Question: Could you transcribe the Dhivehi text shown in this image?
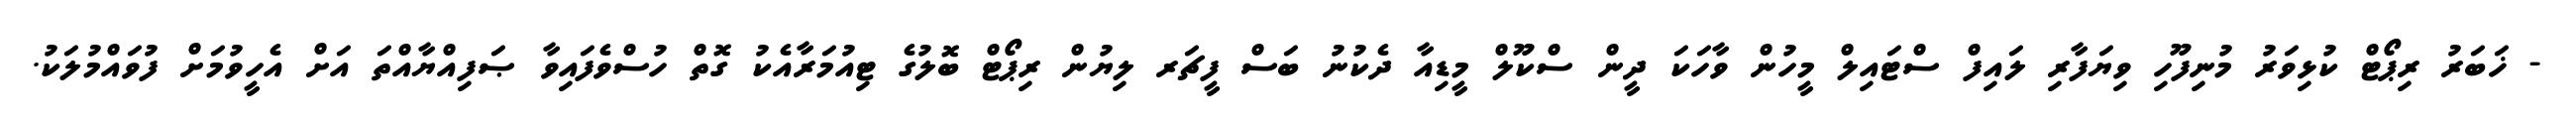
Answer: - ޚަބަރު ރިޕޯޓް ކުޅިވަރު މުނިފޫހި ވިޔަފާރި ލައިފް ސްޓައިލް މީހުން ވާހަކަ ދީން ސްކޫލް މީޑިއާ ދެކުނު ބަސް ފީޗަރ ލިޔުން ރިޕޯޓް ބޮލުގެ ޓިއުމަރާއެކު ގޮތް ހުސްވެފައިވާ ޞަފިއްޔާއްތަ އަށް އެހީވުމަށް ފުވައްމުލަކު.